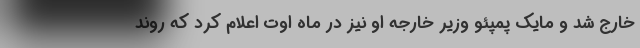
خارج شد و مایک پمپئو وزیر خارجه او نیز در ماه اوت اعلام کرد که روند